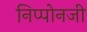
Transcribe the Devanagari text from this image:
निप्पोनजी